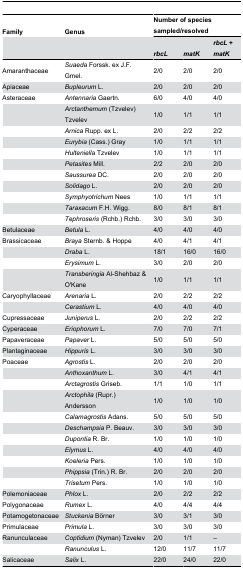
<table><thead><tr><td><b>Family</b></td><td><b>Genus</b></td><td colspan="3"><b>Number of species sampled/resolved</b></td></tr><tr><td></td><td></td><td><b><i>rbcL</i></b></td><td><b><i>matK</i></b></td><td><b><i>rbcL</i> + <i>matK</i></b></td></tr></thead><tbody><tr><td>Amaranthaceae</td><td><i>Suaeda</i> Forssk. ex J.F. Gmel.</td><td>2/0</td><td>2/0</td><td>2/0</td></tr><tr><td>Apiaceae</td><td><i>Bupleurum</i> L.</td><td>2/0</td><td>2/0</td><td>2/0</td></tr><tr><td>Asteraceae</td><td><i>Antennaria</i> Gaertn.</td><td>6/0</td><td>4/0</td><td>4/0</td></tr><tr><td></td><td><i>Arctanthemum</i> (Tzvelev) Tzvelev</td><td>1/0</td><td>1/1</td><td>1/1</td></tr><tr><td></td><td><i>Arnica</i> Rupp. ex L.</td><td>2/0</td><td>2/2</td><td>2/2</td></tr><tr><td></td><td><i>Eurybia</i> (Cass.) Gray</td><td>1/0</td><td>1/1</td><td>1/1</td></tr><tr><td></td><td><i>Hulteniella</i> Tzvelev</td><td>1/0</td><td>1/1</td><td>1/1</td></tr><tr><td></td><td><i>Petasites</i> Mill.</td><td>2/2</td><td>2/0</td><td>2/0</td></tr><tr><td></td><td><i>Saussurea</i> DC.</td><td>2/0</td><td>2/0</td><td>2/0</td></tr><tr><td></td><td><i>Solidago</i> L.</td><td>2/0</td><td>2/0</td><td>2/0</td></tr><tr><td></td><td><i>Symphyotrichum</i> Nees</td><td>1/0</td><td>1/1</td><td>1/1</td></tr><tr><td></td><td><i>Taraxacum</i> F.H. Wigg.</td><td>8/0</td><td>8/1</td><td>8/1</td></tr><tr><td></td><td><i>Tephroseris</i> (Rchb.) Rchb.</td><td>3/0</td><td>3/0</td><td>3/0</td></tr><tr><td>Betulaceae</td><td><i>Betula</i> L.</td><td>4/0</td><td>4/0</td><td>4/0</td></tr><tr><td>Brassicaceae</td><td><i>Braya</i> Sternb. &amp; Hoppe</td><td>4/0</td><td>4/1</td><td>4/1</td></tr><tr><td></td><td><i>Draba</i> L.</td><td>18/1</td><td>16/0</td><td>16/0</td></tr><tr><td></td><td><i>Erysimum</i> L.</td><td>3/0</td><td>2/0</td><td>2/0</td></tr><tr><td></td><td><i>Transberingia</i> Al-Shehbaz &amp; O&#x27;Kane</td><td>1/0</td><td>1/1</td><td>1/1</td></tr><tr><td>Caryophyllaceae</td><td><i>Arenaria</i> L.</td><td>2/0</td><td>2/2</td><td>2/2</td></tr><tr><td></td><td><i>Cerastium</i> L.</td><td>4/0</td><td>4/0</td><td>4/0</td></tr><tr><td>Cupressaceae</td><td><i>Juniperus</i> L.</td><td>2/0</td><td>2/2</td><td>2/2</td></tr><tr><td>Cyperaceae</td><td><i>Eriophorum</i> L.</td><td>7/0</td><td>7/0</td><td>7/1</td></tr><tr><td>Papaveraceae</td><td><i>Papaver</i> L.</td><td>5/0</td><td>5/0</td><td>5/0</td></tr><tr><td>Plantaginaceae</td><td><i>Hippuris</i> L.</td><td>3/0</td><td>3/0</td><td>3/0</td></tr><tr><td>Poaceae</td><td><i>Agrostis</i> L.</td><td>2/0</td><td>2/0</td><td>2/0</td></tr><tr><td></td><td><i>Anthoxanthum</i> L.</td><td>3/0</td><td>4/1</td><td>4/1</td></tr><tr><td></td><td><i>Arctagrostis</i> Griseb.</td><td>1/1</td><td>1/0</td><td>1/1</td></tr><tr><td></td><td><i>Arctophila</i> (Rupr.) Andersson </td><td>1/0</td><td>1/0</td><td>1/0</td></tr><tr><td></td><td><i>Calamagrostis</i> Adans.</td><td>5/0</td><td>5/0</td><td>5/0</td></tr><tr><td></td><td><i>Deschampsia</i> P. Beauv.</td><td>3/0</td><td>3/0</td><td>3/0</td></tr><tr><td></td><td><i>Dupontia</i> R. Br.</td><td>1/0</td><td>1/0</td><td>1/0</td></tr><tr><td></td><td><i>Elymus</i> L.</td><td>4/0</td><td>4/0</td><td>4/0</td></tr><tr><td></td><td><i>Koeleria</i> Pers.</td><td>1/0</td><td>1/0</td><td>1/0</td></tr><tr><td></td><td><i>Phippsia</i> (Trin.) R. Br.</td><td>2/0</td><td>2/0</td><td>2/0</td></tr><tr><td></td><td><i>Trisetum</i> Pers.</td><td>1/0</td><td>1/0</td><td>1/0</td></tr><tr><td>Polemoniaceae</td><td><i>Phlox</i> L.</td><td>2/0</td><td>2/2</td><td>2/2</td></tr><tr><td>Polygonaceae</td><td><i>Rumex</i> L.</td><td>4/0</td><td>4/4</td><td>4/4</td></tr><tr><td>Potamogetonaceae</td><td><i>Stuckenia</i> Börner</td><td>3/0</td><td>3/1</td><td>3/0</td></tr><tr><td>Primulaceae</td><td><i>Primula</i> L.</td><td>3/0</td><td>3/0</td><td>3/0</td></tr><tr><td>Ranunculaceae</td><td><i>Coptidium</i> (Nyman) Tzvelev</td><td>2/0</td><td>1/1</td><td>–</td></tr><tr><td></td><td><i>Ranunculus</i> L.</td><td>12/0</td><td>11/7</td><td>11/7</td></tr><tr><td>Salicaceae</td><td><i>Salix</i> L.</td><td>22/0</td><td>24/0</td><td>22/0</td></tr></tbody></table>